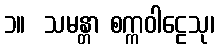
၁။  သမန္တာ စက္ကဝါဠေသု၊